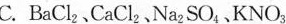
C.BaCl_{2}、CaCl_{2}、Na_{2}SO_{4}、 KNO_{3}